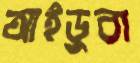
আইডুবা